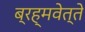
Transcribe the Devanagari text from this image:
ब्रह्मवेत्ते